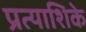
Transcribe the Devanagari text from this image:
प्रत्याशिके